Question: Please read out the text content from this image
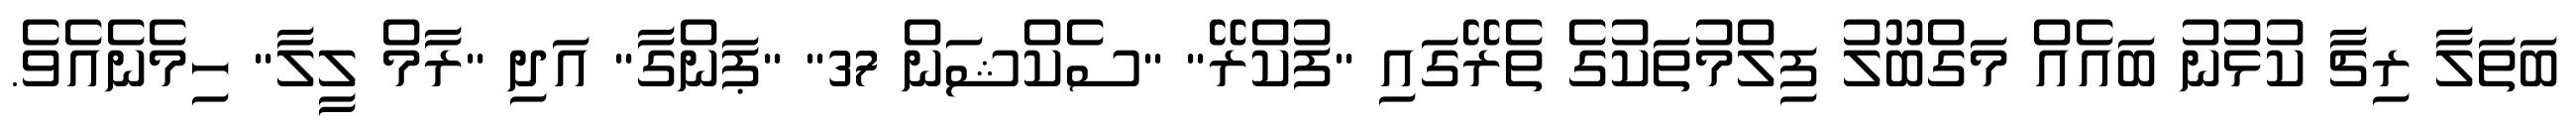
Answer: ބަތަލާ ރިޗާ ކުޅުނު ބައެއް މަގްބޫލު ފިލްމުތަކުގެ ތެރޭގައި "ފުކްރޭ" "ސެކްޝަން 37" "ޕަންގާ" އަދި "ރާމް ލީލާ" ހިމެނެއެވެ.